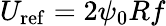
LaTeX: U_{\mathrm{ref}}=2\psi_{0}Rf